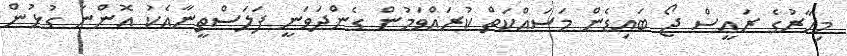
މިހާރުގެ ރައީސް ޖޯ ބައިޑެން މަސައްކަތް ކުރައްވަމުން ގެންދަވަނީ ފަލަސްތީނާއެކު އޮންނަ ގުޅުން